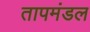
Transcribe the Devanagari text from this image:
तापमंडल